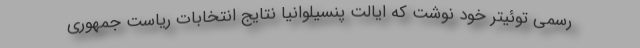
رسمی توئیتر خود نوشت که ایالت پنسیلوانیا نتایج انتخابات ریاست جمهوری